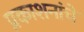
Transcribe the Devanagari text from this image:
प्रकाशनांचे